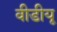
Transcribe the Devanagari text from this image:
वीडीयू